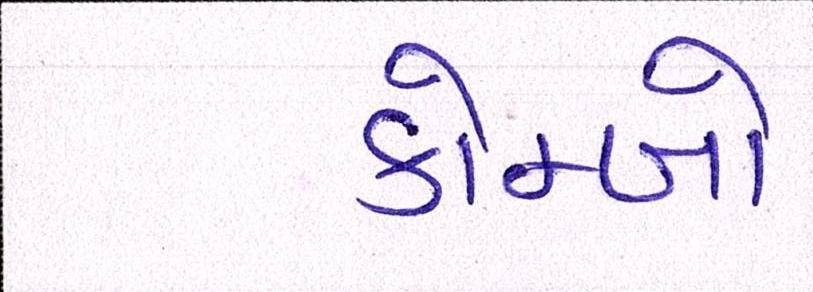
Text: કોમ્બો